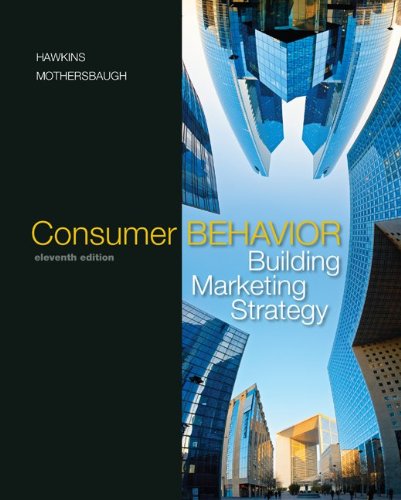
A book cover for Consumer Behavior: Building Marketing Strategy; Delbert Hawkins; Business & Money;